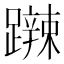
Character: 𨆹